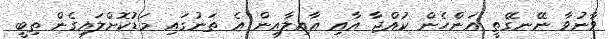
ވާނުވާ ނޭނގޭތީ އަންހެން ކުއްޖާ އާއި އާއިލާއިން އެ ތަނުގައި މަޑުކޮށްލައިގެން ތިބީ